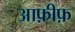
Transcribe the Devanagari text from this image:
आफ़ीफ़